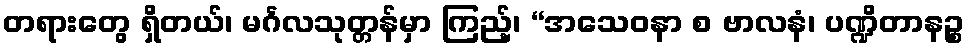
တရားတွေ ရှိတယ်၊ မင်္ဂလသုတ္တန်မှာ ကြည့်၊ “အသေဝနာ စ ဗာလနံ၊ ပဏ္ဍိတာနဉ္စ